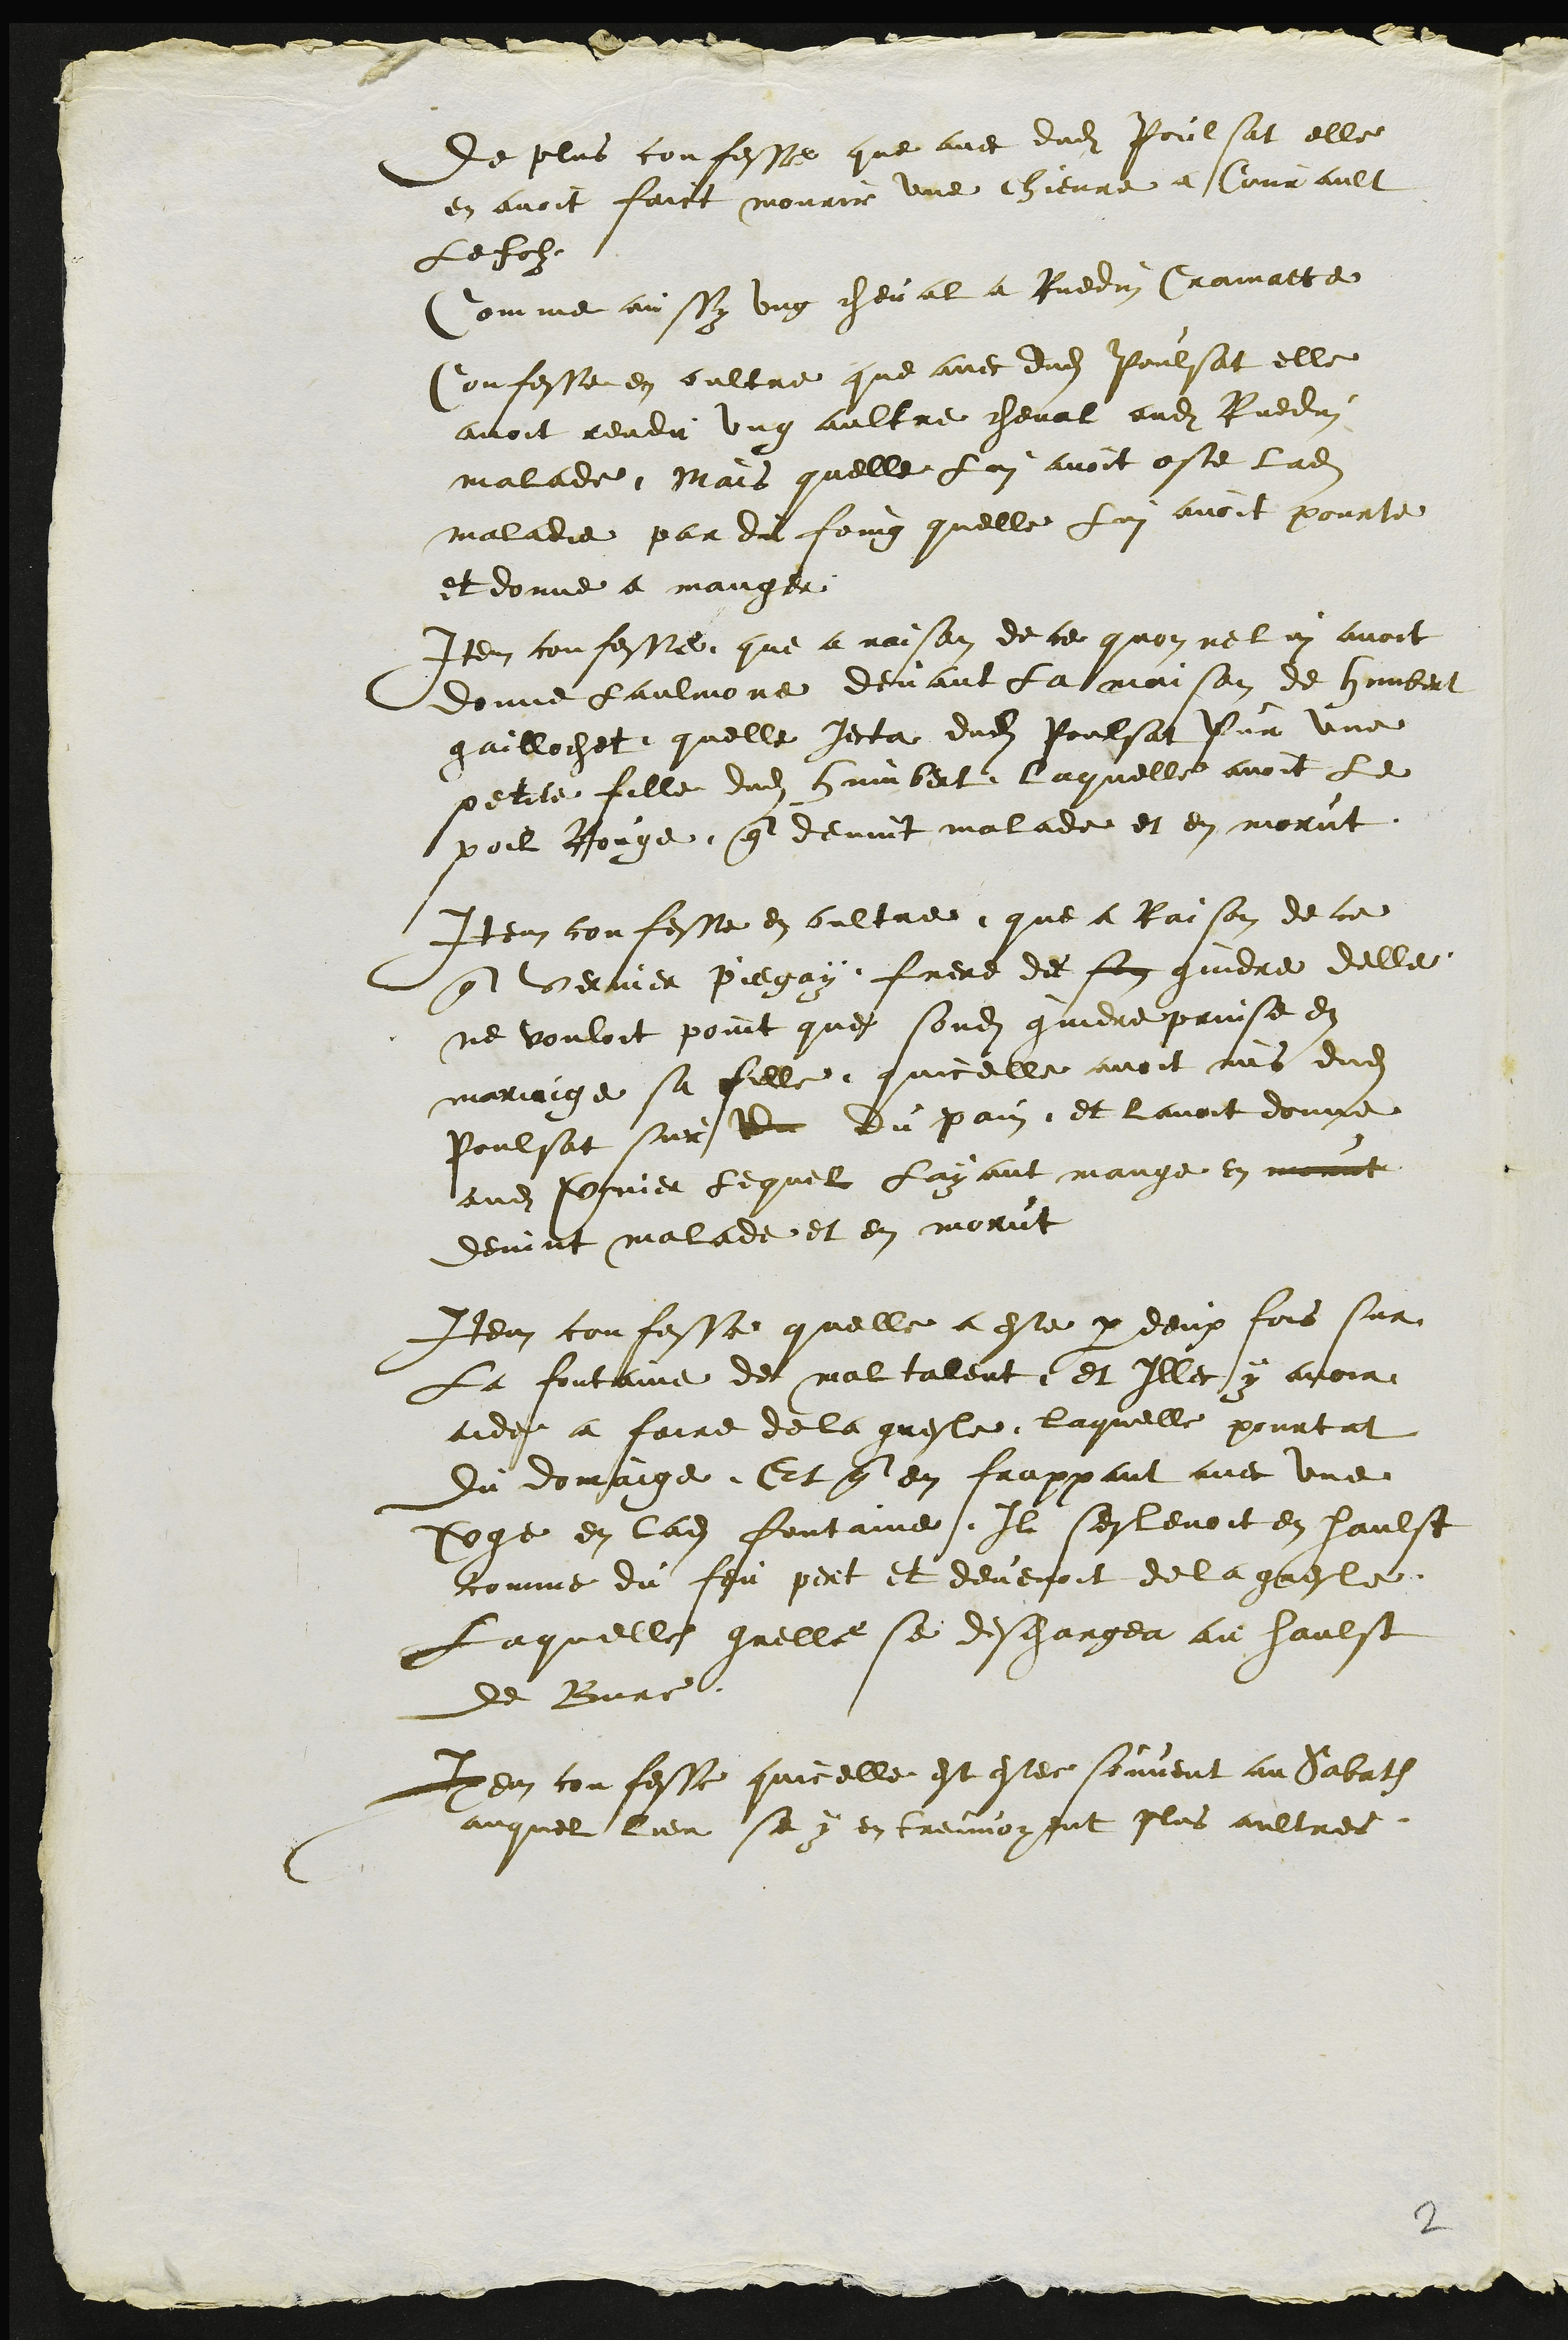
De plus confesse que avec dudit Poulsat elle
en avoit faict mourir une chievre a Courault
Le folz
Comme aussy ung cheval a Ruedin Cramatte
Confesse en oultre que avec dudit Poulsat elle
avoit rendu ung aultre cheval audit Ruedin
malade Mais quelle Lui avoit oste ladite
maladie par du foing quelle Lui avoit pourte
et donne a manger
Item confesse que a raison de ce quon ne lui avoit
donne laulmone devant la maison de humbert
gaillochet quelle jecta dudit Poulsat sur une
petite fille dudit humbert laquelle avoit le
poil Rouge que devint malade et en morut
Item confesse en oultre que a Raison de ce
que vernier piegay frere de son gindre delle
ne vouloit point que sondit gindre prinse en
mariaige sa fille quicelle avoit mis dudit
Poulsat sur de du pain et lavoit donne
audit Vernier lequel Layant mange en morut
devint malade et en morut
Item confesse quelle a este par deux fois sur
La fontaine de mal talent et Illec y avoir
aide a faire de la gresle laquelle pourtat
du domaige. Et que en frappant avec une
Verge en ladite fontaine Il seslevoit en haulst
comme du feu peret et devenoit de la gresle
Laquelle grelle se deschargea au haulst
de Bure
Item confesse quicelle est estee souvent au Sabath
auquel lieu se y en treuvoyent plus aultres